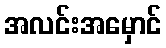
အလင်းအမှောင်